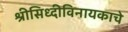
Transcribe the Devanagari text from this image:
श्रीसिध्दीविनायकाचे